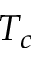
T _ { c }